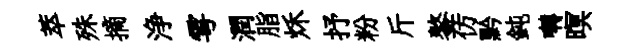
萃殊摘浄雩潤脂秌抒粉斤鏊仿黔鈍囀暝